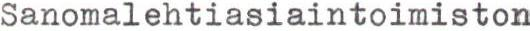
Sanomalehtiasiaintoimiston